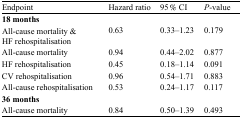
| Endpoint | Hazard ratio | 95 % CI | P-value |
 | --- | --- | --- | --- |
 | <COLSPAN=4> 18 months |
 | All-cause mortality & HF rehospitalisation | 0.63 | 0.33–1.23 | 0.179 |
 | All-cause mortality | 0.94 | 0.44–2.02 | 0.877 |
 | HF rehospitalisation | 0.45 | 0.18–1.14 | 0.091 |
 | CV rehospitalisation | 0.96 | 0.54–1.71 | 0.883 |
 | All-cause rehospitalisation | 0.53 | 0.24–1.17 | 0.117 |
 | <COLSPAN=4> 36 months |
 | All-cause mortality | 0.84 | 0.50–1.39 | 0.493 |